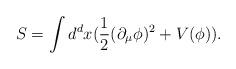
LaTeX: \begin{align*}S=\int d^{d}x (\frac{1}{2} (\partial_{\mu} \phi)^2 + V(\phi)).\end{align*}